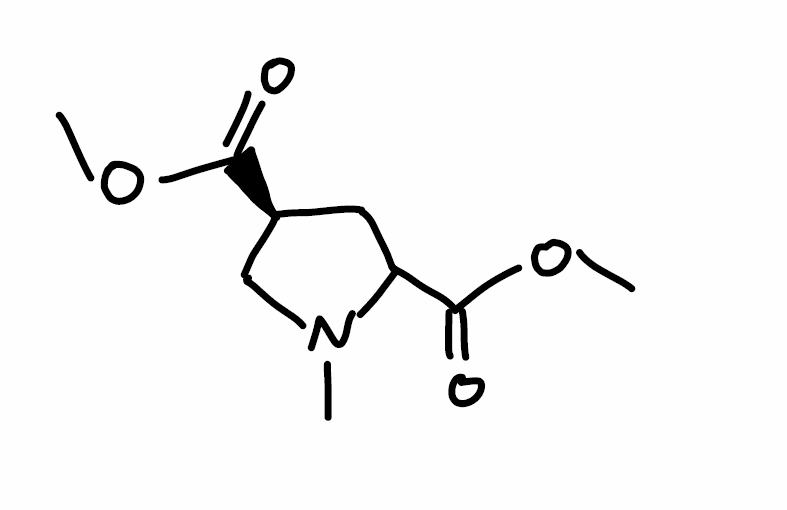
Simplified molecular-input line-entry system (SMILES) notation of the given molecule:
CN1C[C@H](CC1C(=O)OC)C(=O)OC